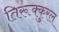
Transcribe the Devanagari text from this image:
तिरूक्कुरल